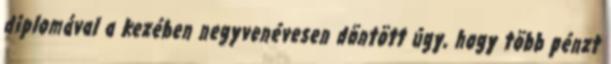
diplomával a kezében negyvenévesen döntött úgy, hogy több pénzt